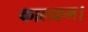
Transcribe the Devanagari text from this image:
कालक्रम।